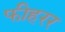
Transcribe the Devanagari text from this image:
फीहरर